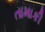
તામાકી